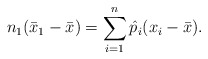
\begin{align*}n_1(\bar x_1-\bar x) = \sum_{i=1}^n\hat p_i(x_i-\bar x).\end{align*}